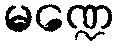
မဏ္ဍေ